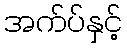
အက်ပ်နှင့်